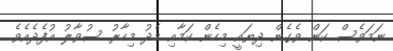
ނަމަވެސް ކަން ވެގެން ދިޔައީ މިހެން ކަމާއި މެދު މިހާރު ސުވާލު އުފެދެއެވެ.